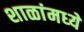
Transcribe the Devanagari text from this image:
शाळांमध्‍ये